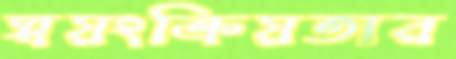
স্বয়ংক্রিয়তার